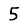
Digit: 5